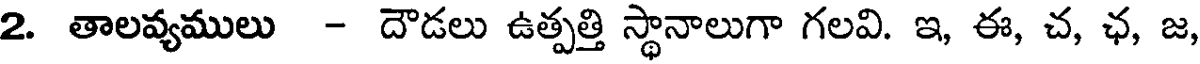
2. తాలవ్యములు - దౌడలు ఉత్పత్తి స్థానాలుగా గలవి. ఇ, ఈ, చ, ఛ, జ,